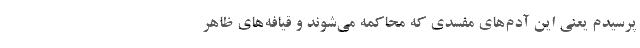
پرسیدم یعنی این آدم‌های مفسدی که محاکمه می‌شوند و قیافه‌های ظاهر‌